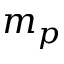
m _ { p }